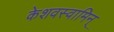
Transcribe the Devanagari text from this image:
केशवस्वामिन्